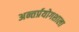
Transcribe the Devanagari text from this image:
अन्तर्प्रयोगशाला